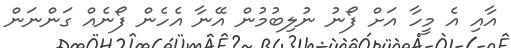
އާއި އެ މީހާ އަށް ފޯނު ނުލިބުމުން އޭނާ އެހެން ފޯނެއް ގަންނަން